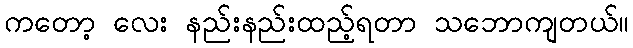
ကတော့ လေး နည်းနည်းထည့်ရတာ သဘောကျတယ်။